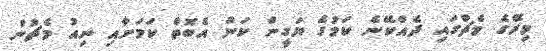
މިރޭގެ މެޗްގައި ދެއްކޭނެ ކަމުގެ ޔަގީން ކަން އެބޮތް ކަމަށާއި ނިއު މެޗުން